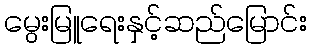
မွေးမြူရေးနှင့်ဆည်မြောင်း